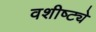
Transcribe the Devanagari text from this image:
वशीष्ट्ये